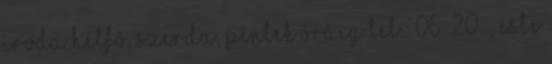
iroda hétfõ, szerda, péntek óráig Tel.: 06 20 , este